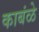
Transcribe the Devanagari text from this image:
काबंळे